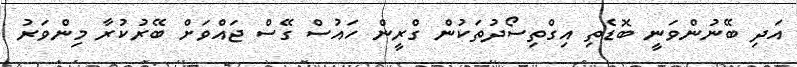
އަދި ބޭނުންވަނީ ބޮޑެތި އިގްތިސޯދުތަކުން ގްރީން ހައުސް ގޭސް ޖައްވަށް ބޭރުކުރާ މިންވަރު